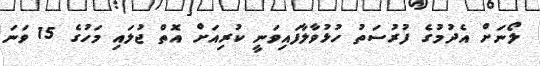
ލޯނަށް އެދުމުގެ ފުރުސަތު ހުޅުވާލާފައިވަނީ ކުރިއަށް އޮތް ޖުލައި މަހުގެ 15 ވަނަ